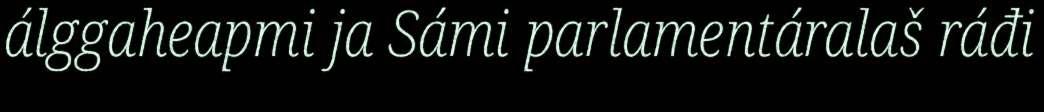
álggaheapmi ja Sámi parlamentáralaš ráđi